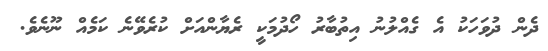
ދެން ދުވަހަކު އެ ގެއްލުނު އިތުބާރު ހޯދުމަކީ ރެޔާންއަށް ކުރެވޭނެ ކަމެއް ނޫނެވެ.